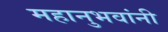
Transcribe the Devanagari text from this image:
महानुभवांनी